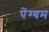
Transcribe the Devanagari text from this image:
पेंग्यम